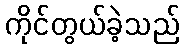
ကိုင်တွယ်ခဲ့သည်